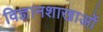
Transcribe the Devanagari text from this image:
विज्ञानशाखाओं